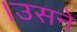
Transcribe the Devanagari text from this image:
।उसने